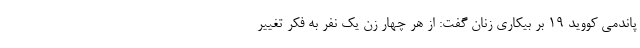
پاندمی کووید ۱۹ بر بیکاری زنان گفت: از هر چهار زن یک نفر به فکر تغییر